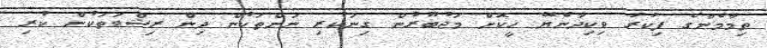
ތިމާމެންގެ ފިކުރު ވިކިދާނެޔޭ ހީކޮށް މަޖުބޫރުން ގިނަކުރި ނަންތަކުން ދިން ރިޝްވަތަކުން ކުރި